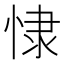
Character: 㥆